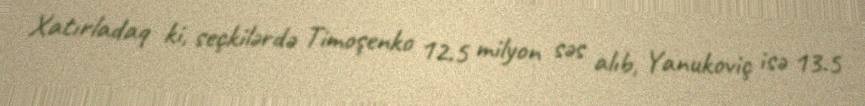
Xatırladaq ki, seçkilərdə Timoşenko 12.5 milyon səs alıb, Yanukoviç isə 13.5